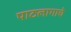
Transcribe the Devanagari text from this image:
पाठलागाचे